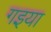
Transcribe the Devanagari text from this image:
गइया